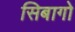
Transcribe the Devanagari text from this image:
सिबागो